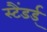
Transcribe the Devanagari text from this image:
स्टैंडर्ड्